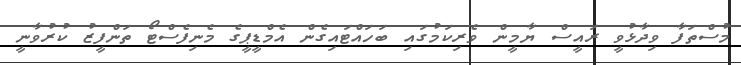
މުސްތަފާ ވިދާޅުވީ ރައީސް ޔާމީން ވެރިކަމުގައި ބަހައްޓައިގެން އެމްޑީޕީގެ މެނިފެސްޓޯ ތަންފީޒު ކުރުވާނީ